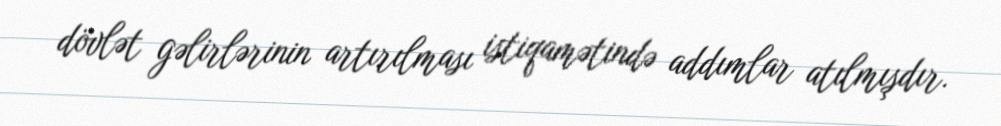
dövlət gəlirlərinin artırılması istiqamətində addımlar atılmışdır.